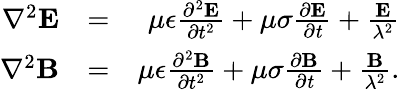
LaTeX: \begin{array}{rlr}{\nabla^{2}\mathbf{E}}&{=}&{\mu\epsilon\frac{\partial^{2}\mathbf{E}}{\partial t^{2}}+\mu\sigma\frac{\partial\mathbf{E}}{\partial\mathit{t}}+\frac{\mathbf{E}}{\lambda^{2}}}\\ {\nabla^{2}\mathbf{B}}&{=}&{\mu\epsilon\frac{\partial^{2}\mathbf{B}}{\partial t^{2}}+\mu\sigma\frac{\partial\mathbf{B}}{\partial\mathit{t}}+\frac{\mathbf{B}}{\lambda^{2}}.}\end{array}